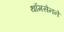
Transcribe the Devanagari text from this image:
थॉमसेनने